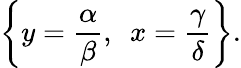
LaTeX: \left\{ y={\frac{\alpha}{\beta}},\ \ x={\frac{\gamma}{\delta}}\right\} .